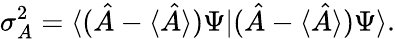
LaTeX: \sigma_{A}^{2}=\langle({\hat{A}}-\langle{\hat{A}}\rangle)\Psi|({\hat{A}}-\langle{\hat{A}}\rangle)\Psi\rangle.